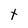
Character: t